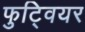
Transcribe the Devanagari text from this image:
फुट्वियर